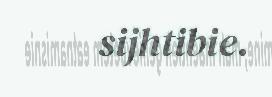
sijhtibie.